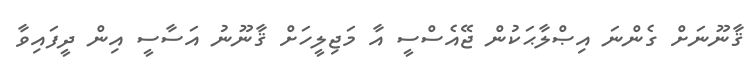
ޤާނޫނަށް ގެންނަ އިޞްލާޙަކުން ޖޭއެސްސީ އާ މަޖިލީހަށް ޤާނޫނު އަސާސީ އިން ދީފައިވާ